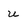
Character: u